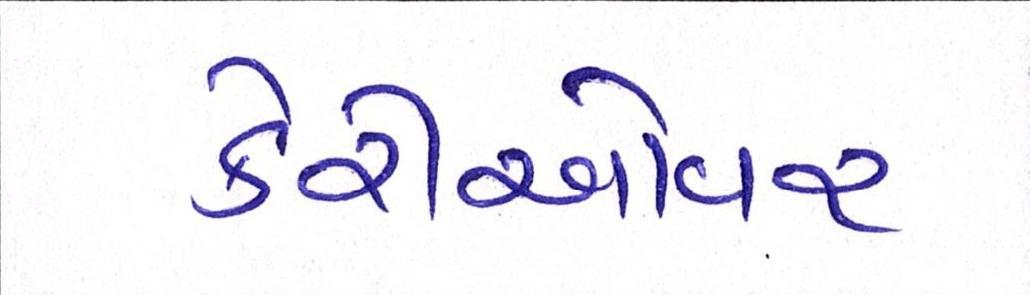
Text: કેરીઓવર